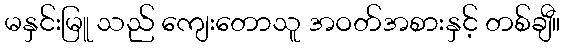
မနှင်းမြူ သည် ကျေးတောသူ အဝတ်အစားနှင့် တစ်ချီ။